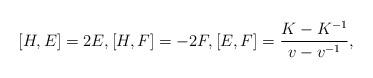
LaTeX: \begin{gather*} [H,E]=2E,[H,F]=-2F, [E,F]=\frac{K-K^{-1}}{v-v^{-1}},\end{gather*}